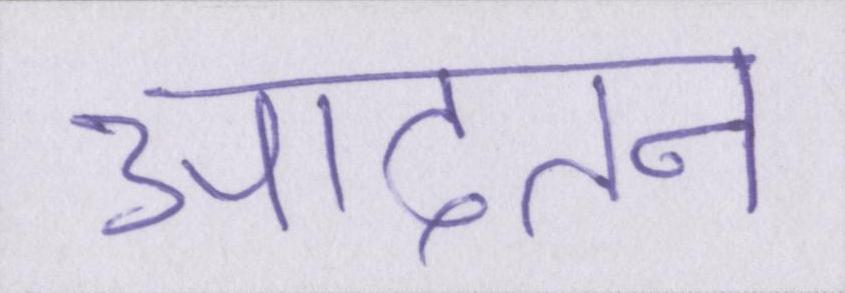
आदतन